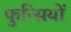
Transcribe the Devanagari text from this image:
फुन्सियों